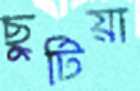
ছুটিয়া